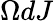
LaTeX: \Omega dJ